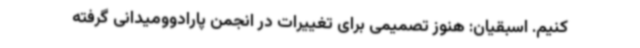
کنیم. ‌اسبقیان: هنوز تصمیمی برای تغییرات در انجمن پارادوومیدانی گرفته